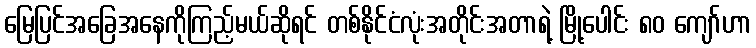
မြေပြင်အခြေအနေကိုကြည့်မယ်ဆိုရင် တစ်နိုင်ငံလုံးအတိုင်းအတာရဲ့ မြို့ပေါင်း ၈၀ ကျော်ဟာ